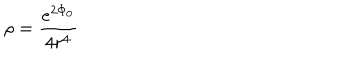
\rho = \frac { e ^ { 2 \Phi _ { 0 } } } { 4 r ^ { 4 } }